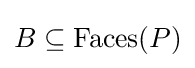
B\subseteq {\textrm {Faces}}(P)